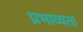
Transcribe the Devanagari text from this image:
प्रभाव्यता